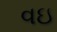
વઇ